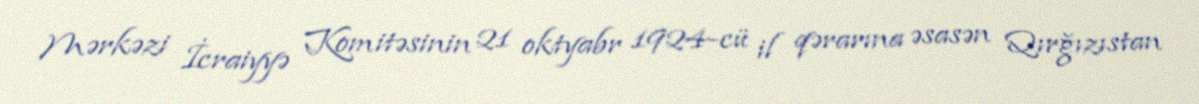
Mərkəzi İcraiyyə Komitəsinin 21 oktyabr 1924-cü il qərarına əsasən Qırğızıstan